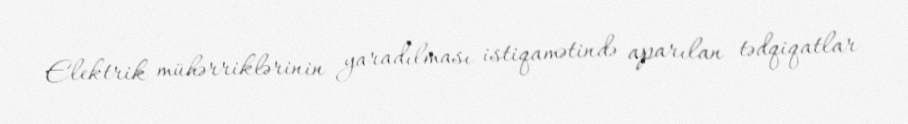
Elektrik mühərriklərinin yaradılması istiqamətində aparılan tədqiqatlar